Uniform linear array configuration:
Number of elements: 48
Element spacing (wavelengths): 1
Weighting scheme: exponential
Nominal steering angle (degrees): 60
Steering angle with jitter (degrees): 61.215
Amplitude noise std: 0.05
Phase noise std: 0.05

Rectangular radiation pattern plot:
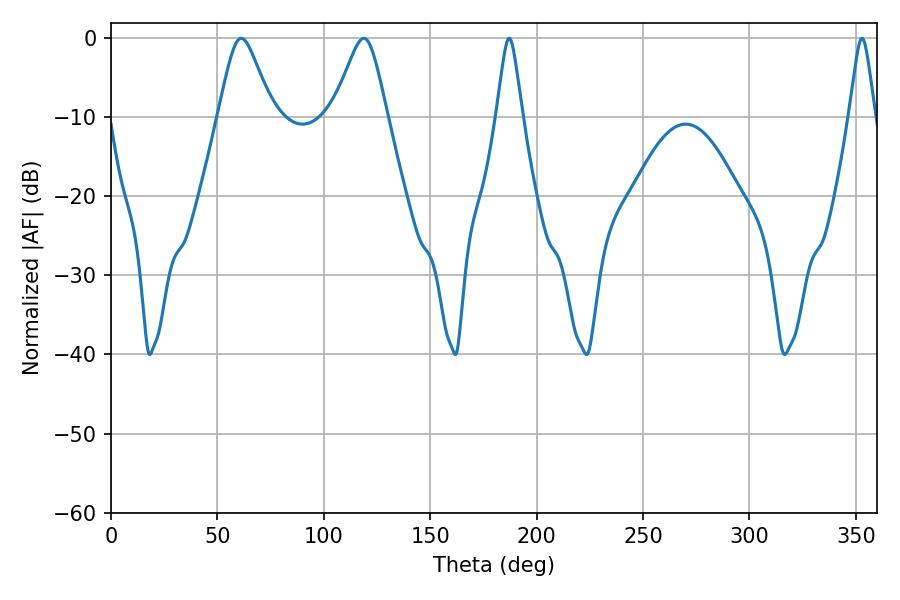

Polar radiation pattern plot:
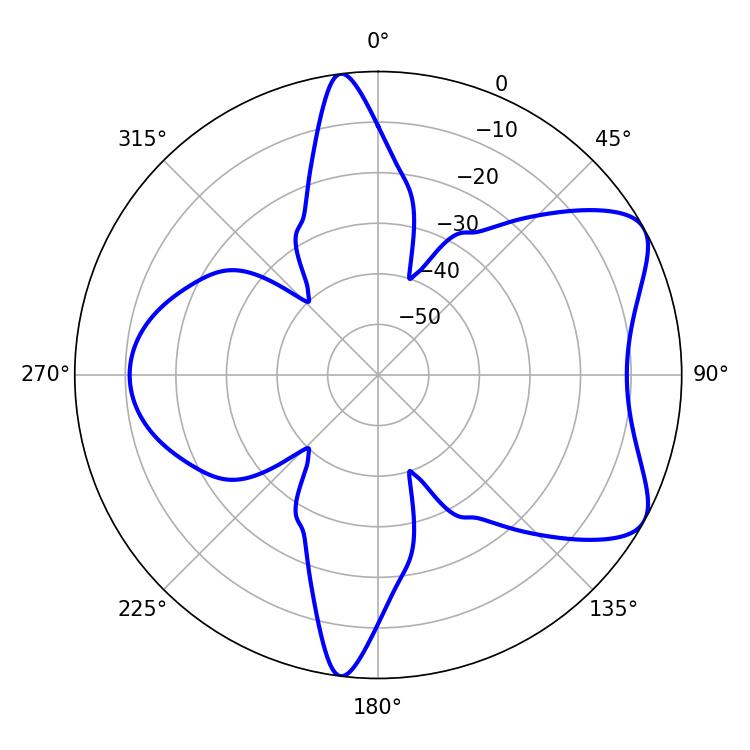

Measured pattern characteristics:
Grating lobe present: TRUE
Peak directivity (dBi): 6.893
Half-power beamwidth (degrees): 12.06
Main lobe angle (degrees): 61.2